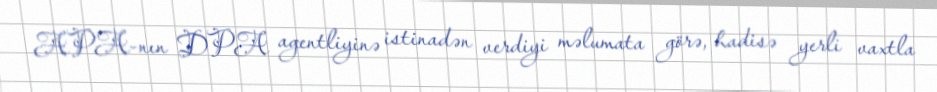
APA-nın DPA agentliyinə istinadən verdiyi məlumata görə, hadisə yerli vaxtla